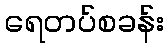
ရေတပ်စခန်း